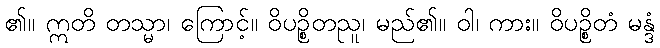
၏။ ဣတိ တသ္မာ၊ ကြောင့်။ ဝိပဉ္စိတညူ၊ မည်၏။ ဝါ၊ ကား။ ဝိပဉ္စိတံ မန္ဒံ